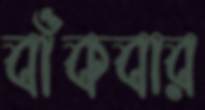
বাঁকবার